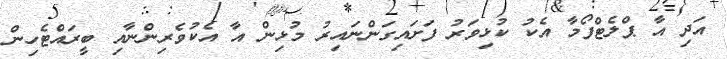
އަދި އާ ޕްލެޓްފޯމާ އެކު ކުޅިވަރު ފަށައިގަންނައިރު މުޅިން އާ އެކުވެރިންނާއި ބީރައްޓެހިން